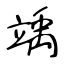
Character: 竬